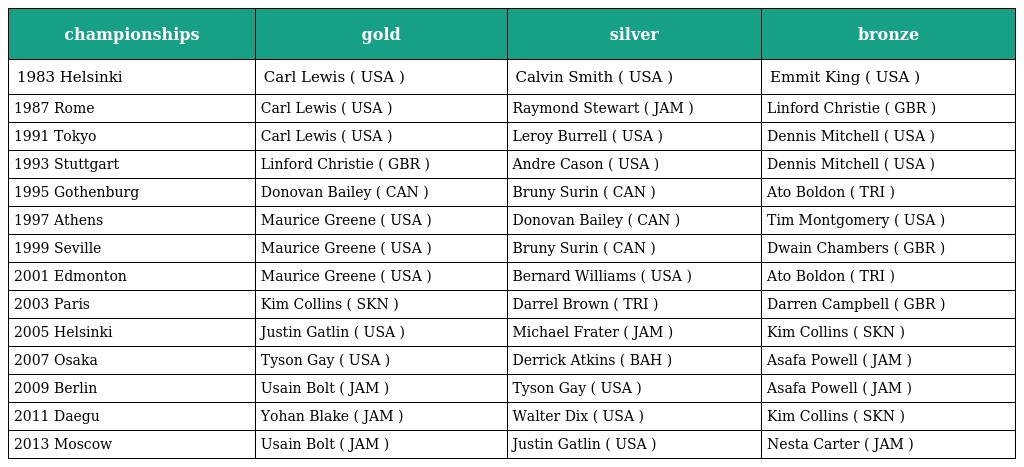
| championships | gold | silver | bronze |
 | --- | --- | --- | --- |
 | 1983 Helsinki | Carl Lewis ( USA ) | Calvin Smith ( USA ) | Emmit King ( USA ) |
 | 1987 Rome | Carl Lewis ( USA ) | Raymond Stewart ( JAM ) | Linford Christie ( GBR ) |
 | 1991 Tokyo | Carl Lewis ( USA ) | Leroy Burrell ( USA ) | Dennis Mitchell ( USA ) |
 | 1993 Stuttgart | Linford Christie ( GBR ) | Andre Cason ( USA ) | Dennis Mitchell ( USA ) |
 | 1995 Gothenburg | Donovan Bailey ( CAN ) | Bruny Surin ( CAN ) | Ato Boldon ( TRI ) |
 | 1997 Athens | Maurice Greene ( USA ) | Donovan Bailey ( CAN ) | Tim Montgomery ( USA ) |
 | 1999 Seville | Maurice Greene ( USA ) | Bruny Surin ( CAN ) | Dwain Chambers ( GBR ) |
 | 2001 Edmonton | Maurice Greene ( USA ) | Bernard Williams ( USA ) | Ato Boldon ( TRI ) |
 | 2003 Paris | Kim Collins ( SKN ) | Darrel Brown ( TRI ) | Darren Campbell ( GBR ) |
 | 2005 Helsinki | Justin Gatlin ( USA ) | Michael Frater ( JAM ) | Kim Collins ( SKN ) |
 | 2007 Osaka | Tyson Gay ( USA ) | Derrick Atkins ( BAH ) | Asafa Powell ( JAM ) |
 | 2009 Berlin | Usain Bolt ( JAM ) | Tyson Gay ( USA ) | Asafa Powell ( JAM ) |
 | 2011 Daegu | Yohan Blake ( JAM ) | Walter Dix ( USA ) | Kim Collins ( SKN ) |
 | 2013 Moscow | Usain Bolt ( JAM ) | Justin Gatlin ( USA ) | Nesta Carter ( JAM ) |